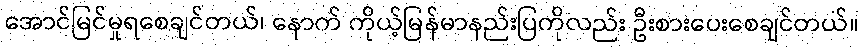
အောင်မြင်မှုရစေချင်တယ်၊ နောက် ကိုယ့်မြန်မာနည်းပြကိုလည်း ဦးစားပေးစေချင်တယ်။